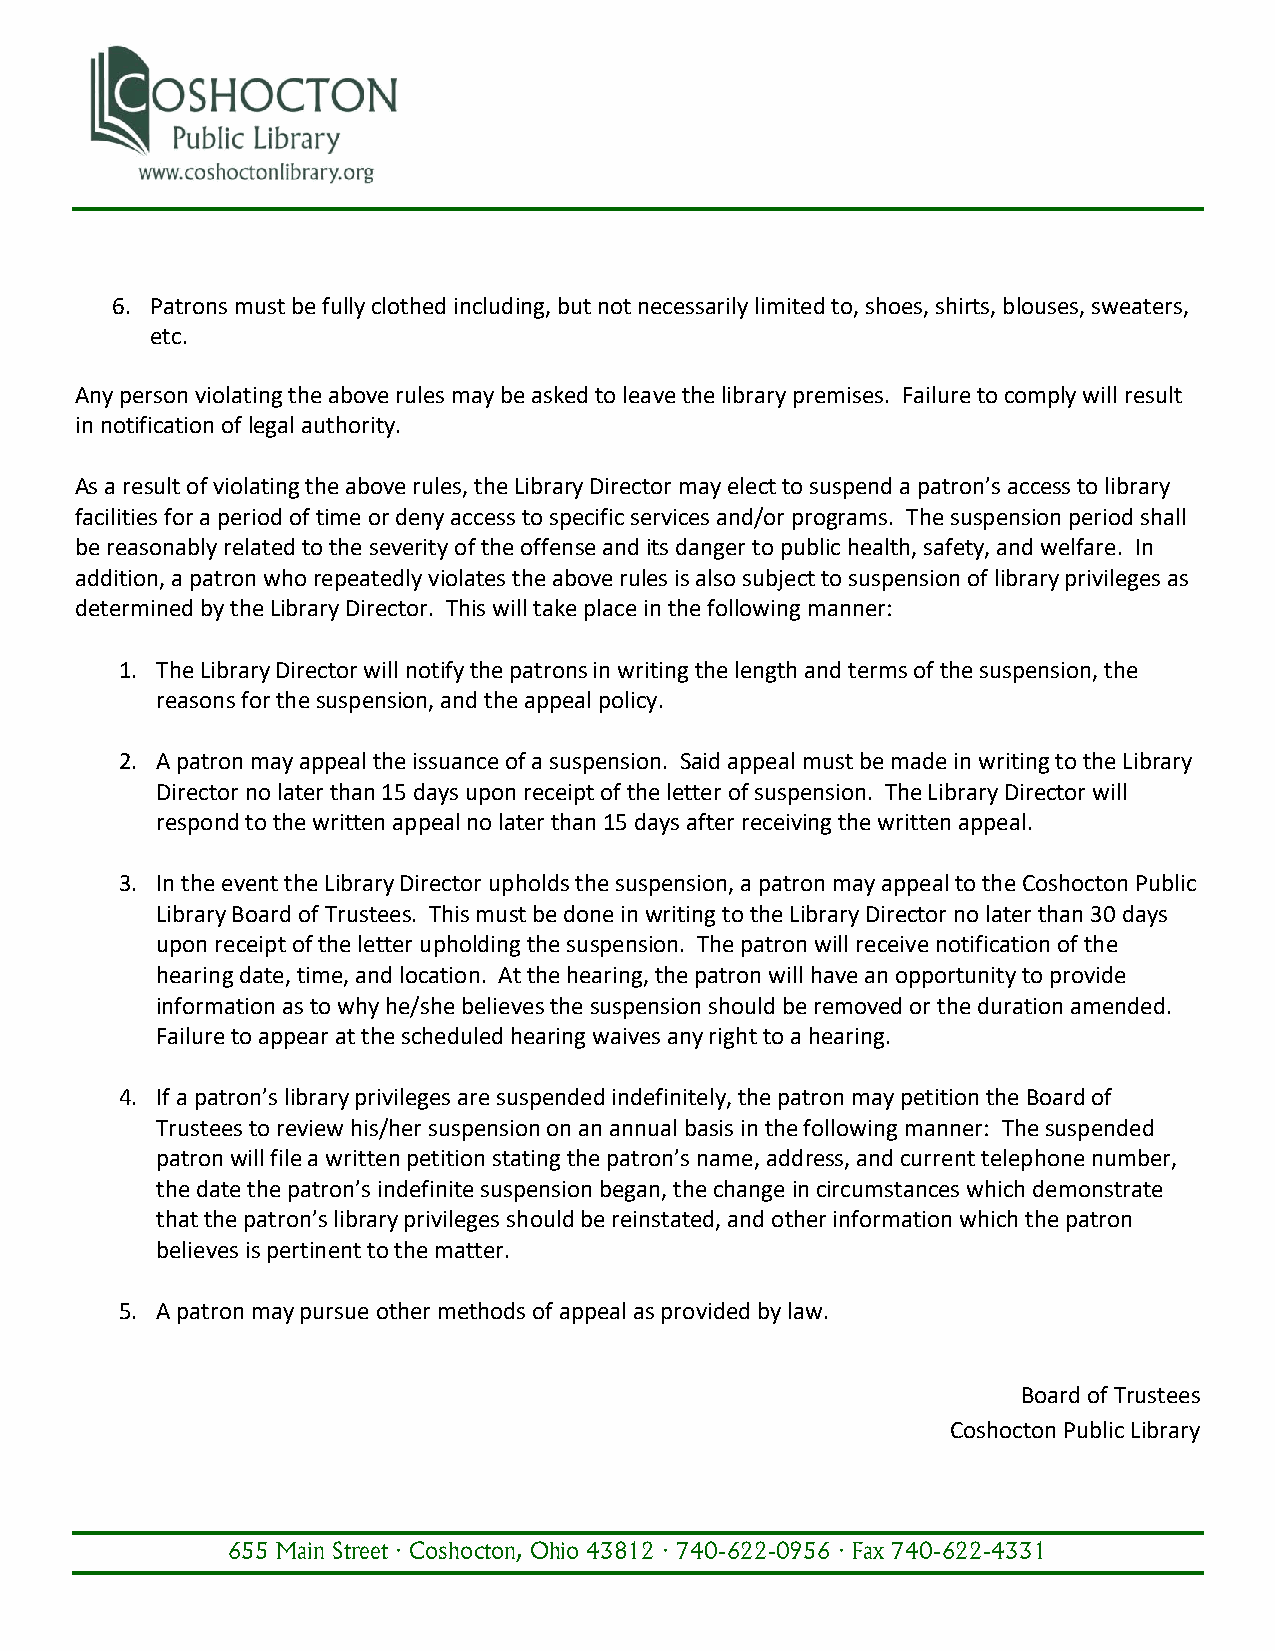
6. Patrons must be fully clothed including, but not necessarily limited to, shoes, shirts, blouses, sweaters,
 etc.
 Any person violating the above rules may be asked to leave the library premises. Failure to comply will result
 in notification of legal authority.
 As a result of violating the above rules, the Library Director may elect to suspend a patron’s access to library
 facilities for a period of time or deny access to specific services and/or programs. The suspension period shall
 be reasonably related to the severity of the offense and its danger to public health, safety, and welfare. In
 addition, a patron who repeatedly violates the above rules is also subject to suspension of library privileges as
 determined by the Library Director. This will take place in the following manner:
 1. The Library Director will notify the patrons in writing the length and terms of the suspension, the
 reasons for the suspension, and the appeal policy.
 2. A patron may appeal the issuance of a suspension. Said appeal must be made in writing to the Library
 Director no later than 15 days upon receipt of the letter of suspension. The Library Director will
 respond to the written appeal no later than 15 days after receiving the written appeal.
 3. In the event the Library Director upholds the suspension, a patron may appeal to the Coshocton Public
 Library Board of Trustees. This must be done in writing to the Library Director no later than 30 days
 upon receipt of the letter upholding the suspension. The patron will receive notification of the
 hearing date, time, and location. At the hearing, the patron will have an opportunity to provide
 information as to why he/she believes the suspension should be removed or the duration amended.
 Failure to appear at the scheduled hearing waives any right to a hearing.
 4. If a patron’s library privileges are suspended indefinitely, the patron may petition the Board of
 Trustees to review his/her suspension on an annual basis in the following manner: The suspended
 patron will file a written petition stating the patron’s name, address, and current telephone number,
 the date the patron’s indefinite suspension began, the change in circumstances which demonstrate
 that the patron’s library privileges should be reinstated, and other information which the patron
 believes is pertinent to the matter.
 5. A patron may pursue other methods of appeal as provided by law.
 Board of Trustees
 Coshocton Public Library
 655 Main Street · Coshocton, Ohio 43812 · 740-622-0956 · Fax 740-622-4331